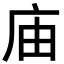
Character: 庙